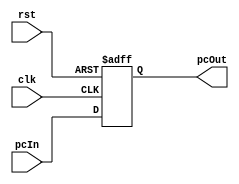
`timescale 1ns/1ns
module PcReg (clk, rst, pcIn, pcOut);
  input clk, rst;
  input [9:0] pcIn;
  output reg [9:0] pcOut;
  always@(posedge clk, posedge rst) begin
    if (rst)
      pcOut <= 10'b0;
    else
      pcOut <= pcIn;
  end
endmodule